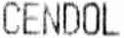
CENDOL